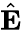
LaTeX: \hat{\mathbf E}